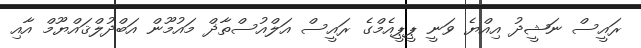
ރައީސް ނަޝީދު އިއްޔެ ވަނީ ޕީޕީއެމްގެ ރައީސް އަލްއުސްތާޛް މައުމޫން އަބްދުލްޤައްޔޫމް އާއި